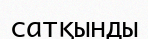
сатқынды